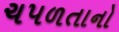
ચપળતાનો